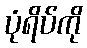
ပုံရိပ်ကို